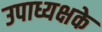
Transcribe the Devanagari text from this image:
उपाध्यक्षके